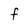
Character: f